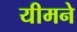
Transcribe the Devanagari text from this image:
यीमने